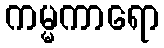
ကမ္မကာရော